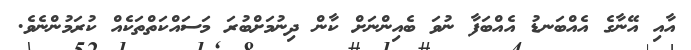
އާއި އޭނާގެ އެއްބަނޑު އެއްބަފާ ނުވަ ބެއިންނަށް ކާން ދިނުމަށްބުރަ މަސައްކަތްތަކެއް ކުރަމުންނެވެ.